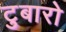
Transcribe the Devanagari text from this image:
टुबारो